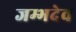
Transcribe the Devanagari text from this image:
जम्भदेव